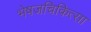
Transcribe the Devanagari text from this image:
भेषजचिकित्सा